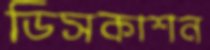
ডিসকাশন